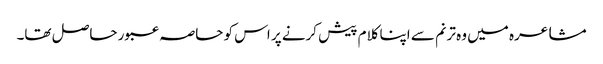
مشاعرہ میں وہ ترنم سے اپنا کلام پیش کرنے پر اس کو حاصہ عبور حاصل تھا۔